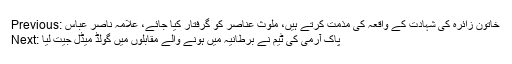
Previous: خاتون زائرہ کی شہادت کے واقعہ کی مذمت کرتے ہیں، ملوث عناصر کو گرفتار کیا جائے، علامہ ناصر عباس
Next: پاک آرمی کی ٹیم نے برطانیہ میں ہونے والے مقابلوں میں گولڈ میڈل جیت لیا